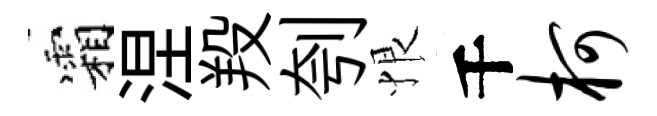
霜涅羖刳恨千柯